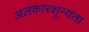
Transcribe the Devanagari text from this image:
अलंकारशून्यता